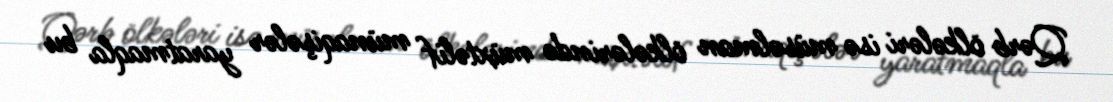
Qərb ölkələri isə müsəlman ölkələrində müxtəlif münaqişələr yaratmaqla bu